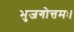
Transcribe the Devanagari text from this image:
भुजगोत्तमः।